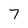
Character: 7